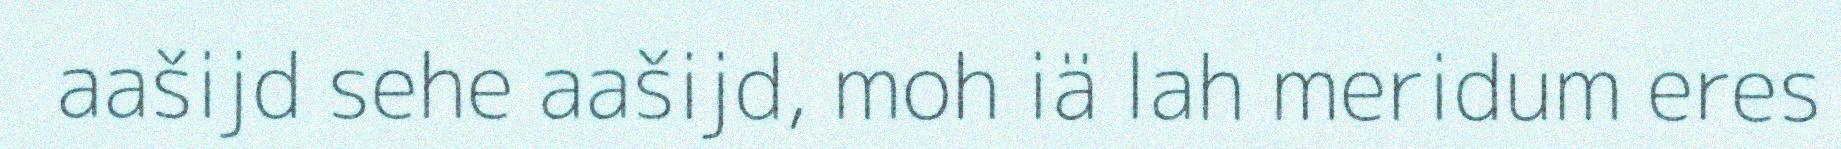
aašijd sehe aašijd, moh iä lah meridum eres